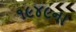
૧૯૪૯ના